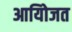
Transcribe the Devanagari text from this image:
आयोिजत